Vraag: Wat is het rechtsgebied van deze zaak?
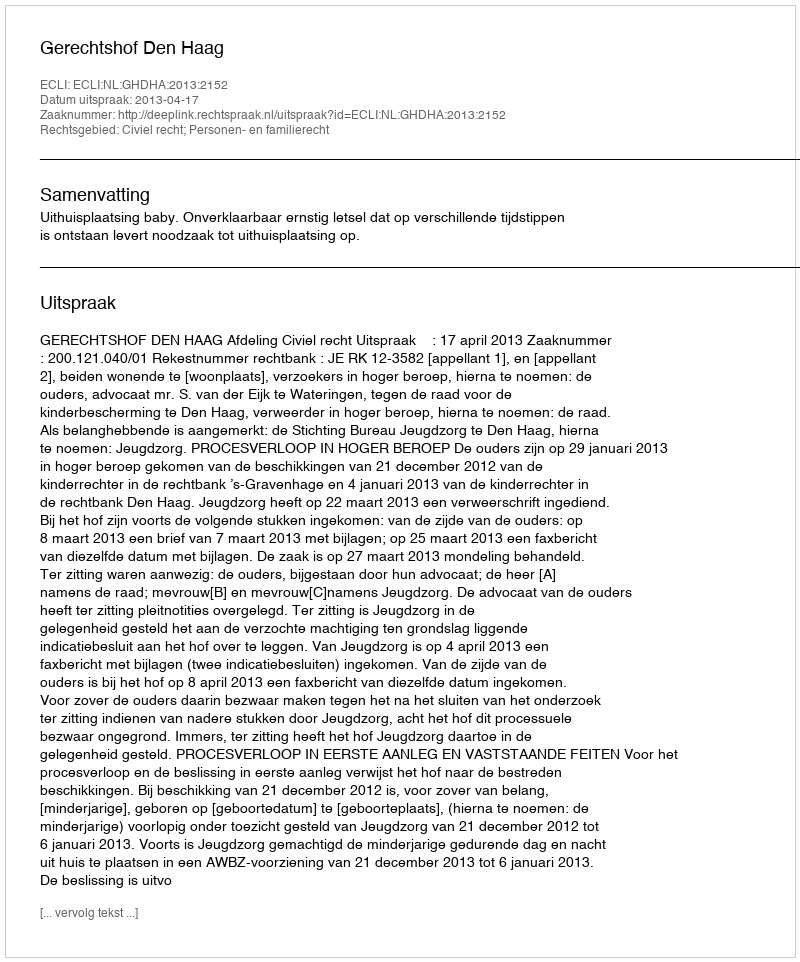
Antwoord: Civiel recht; Personen- en familierecht